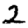
Digit: 2